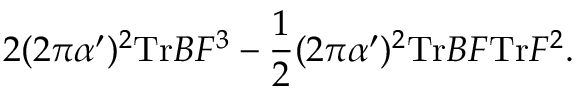
2 ( 2 \pi \alpha ^ { \prime } ) ^ { 2 } \mathrm { T r } B F ^ { 3 } - \frac { 1 } { 2 } ( 2 \pi \alpha ^ { \prime } ) ^ { 2 } \mathrm { T r } B F \mathrm { T r } F ^ { 2 } .